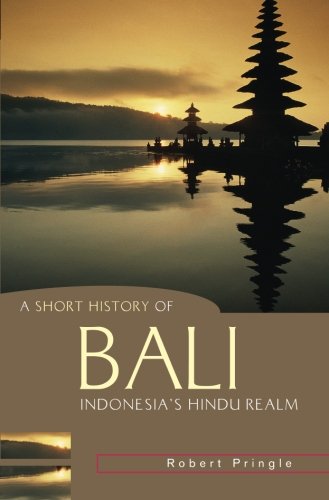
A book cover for A Short History of Bali: Indonesia's Hindu Realm (A Short History of Asia series); Robert Pringle; Travel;